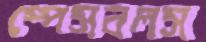
স্পেসবলস